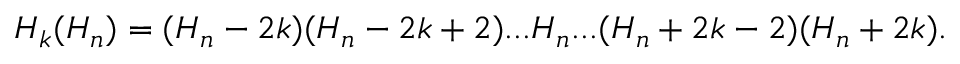
{ \cal H } _ { k } ( H _ { n } ) = ( H _ { n } - 2 k ) ( H _ { n } - 2 k + 2 ) . . . H _ { n } . . . ( H _ { n } + 2 k - 2 ) ( H _ { n } + 2 k ) .